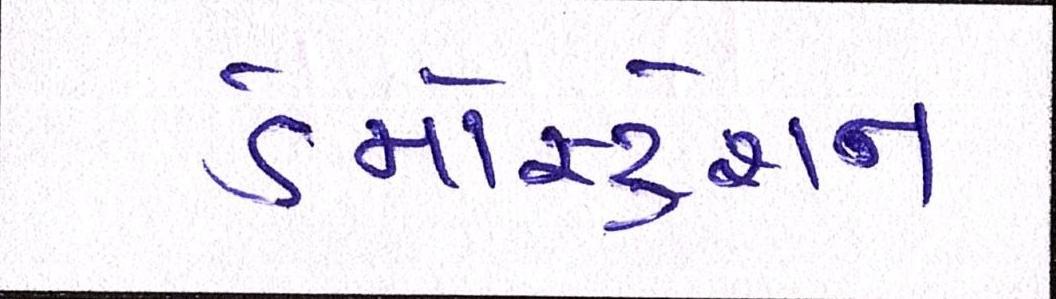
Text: ડેમોસ્ટ્રેશન